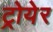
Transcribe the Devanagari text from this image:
ट्रोयेर